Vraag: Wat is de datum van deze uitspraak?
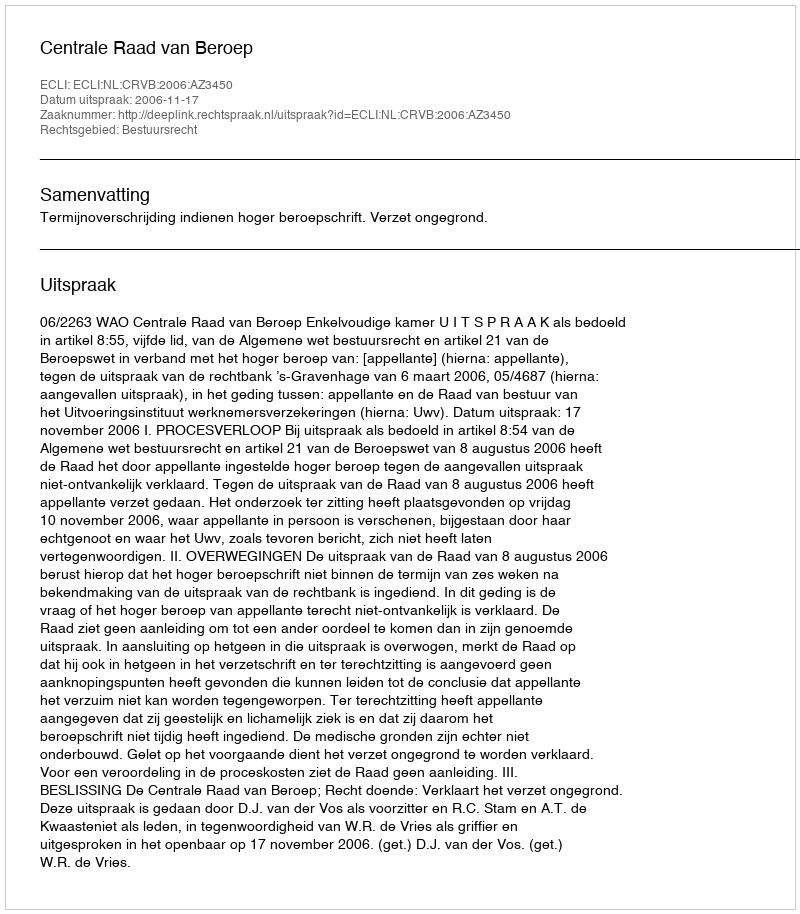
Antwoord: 2006-11-17